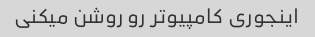
اینجوری کامپیوتر رو روشن میکنی